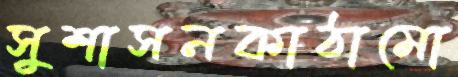
সুশাসনকাঠামো